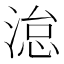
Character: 𪶩